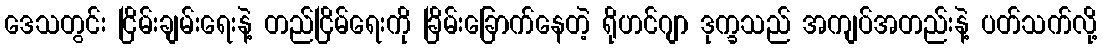
ဒေသတွင်း ငြိမ်းချမ်းရေးနဲ့ တည်ငြိမ်ရေးကို ခြိမ်းခြောက်နေတဲ့ ရိုဟင်ဂျာ ဒုက္ခသည် အကျပ်အတည်းနဲ့ ပတ်သက်လို့